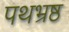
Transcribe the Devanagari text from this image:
पथभ्रष्ठ